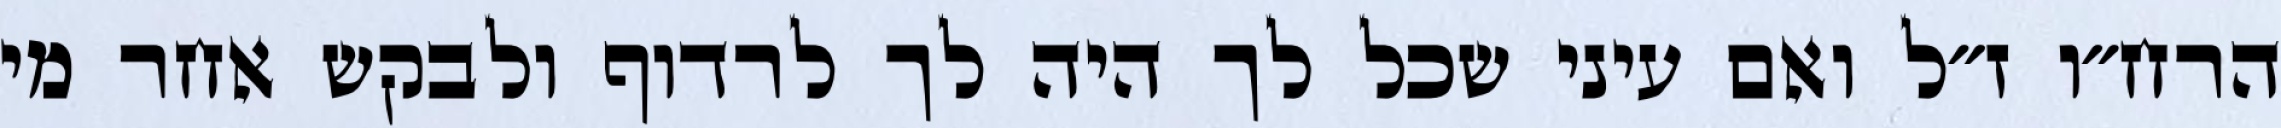
הרח״ו ז״ל ואם עיני שכל לך היה לך לרדוף ולבקש אחר מי